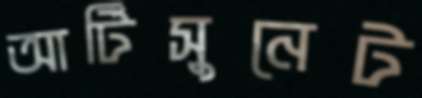
আর্টিসুনেট